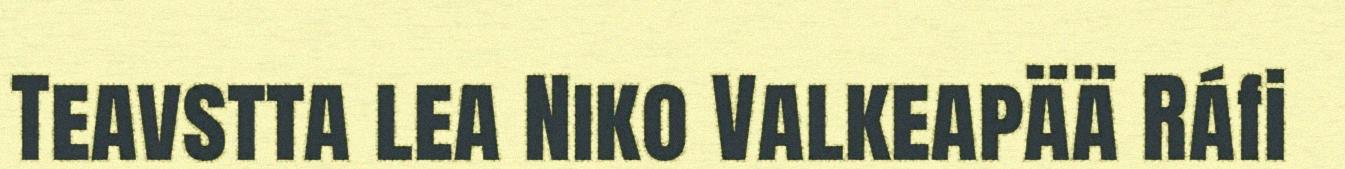
Teavstta lea Niko Valkeapää Ráfi